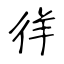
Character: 徉